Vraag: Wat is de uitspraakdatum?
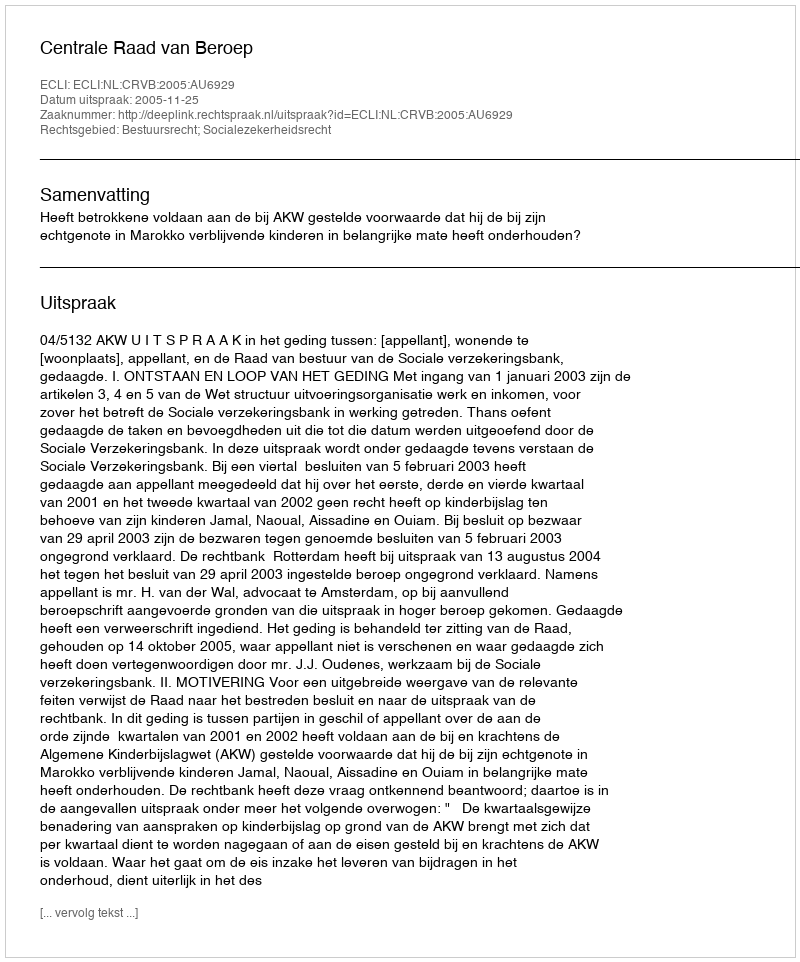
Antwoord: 2005-11-25